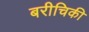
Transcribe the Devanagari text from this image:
बरीचिकी